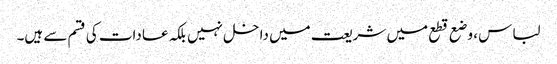
لباس ، وضع قطع میں شریعت میں داخل نہیں بلکہ عادات کی قسم سے ہیں۔